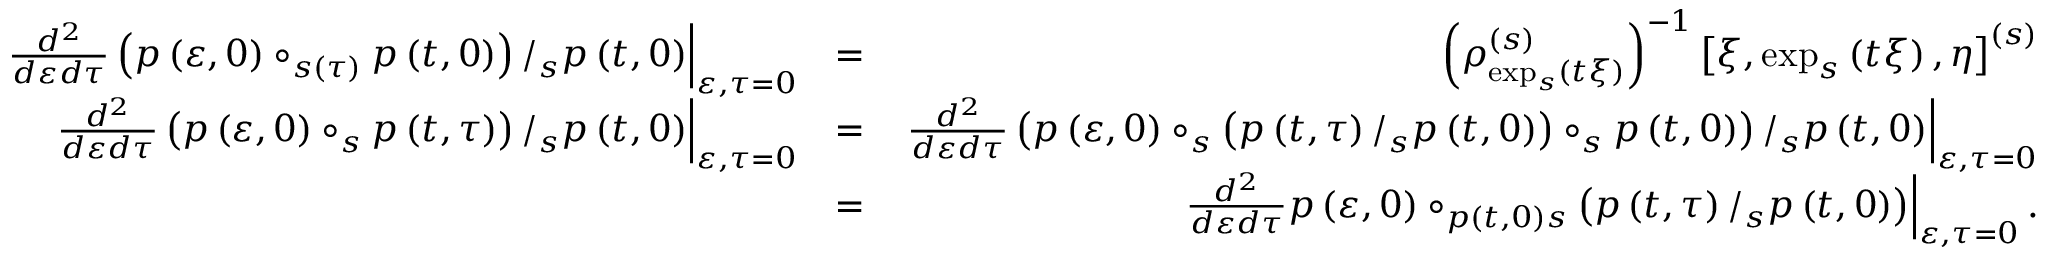
\begin{array} { r l r } { \left. \frac { d ^ { 2 } } { d \varepsilon d \tau } \left( p \left( \varepsilon , 0 \right) \circ _ { s \left( \tau \right) } p \left( t , 0 \right) \right) / _ { s } p \left( t , 0 \right) \right\vert _ { \varepsilon , \tau = 0 } } & { = } & { \left( \rho _ { \exp _ { s } \left( t \xi \right) } ^ { \left( s \right) } \right) ^ { - 1 } \left[ \xi , \exp _ { s } \left( t \xi \right) , \eta \right] ^ { \left( s \right) } } \\ { \left. \frac { d ^ { 2 } } { d \varepsilon d \tau } \left( p \left( \varepsilon , 0 \right) \circ _ { s } p \left( t , \tau \right) \right) / _ { s } p \left( t , 0 \right) \right\vert _ { \varepsilon , \tau = 0 } } & { = } & { \left. \frac { d ^ { 2 } } { d \varepsilon d \tau } \left( p \left( \varepsilon , 0 \right) \circ _ { s } \left( p \left( t , \tau \right) / _ { s } p \left( t , 0 \right) \right) \circ _ { s } p \left( t , 0 \right) \right) / _ { s } p \left( t , 0 \right) \right\vert _ { \varepsilon , \tau = 0 } } \\ & { = } & { \left. \frac { d ^ { 2 } } { d \varepsilon d \tau } p \left( \varepsilon , 0 \right) \circ _ { p \left( t , 0 \right) s } \left( p \left( t , \tau \right) / _ { s } p \left( t , 0 \right) \right) \right\vert _ { \varepsilon , \tau = 0 } . } \end{array}